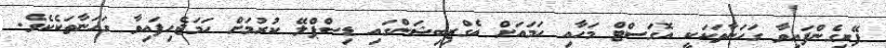
ފޭރިގެންފައިވާ ގަހަނާތަކަކީ އޮގަސްޓް މަހާއި ހަމައަށް އެގްޒިބިޝަންގައި ޑިސްޕްލޭ ކުރުމަށް ހަމަޖެހިފައިވާ ގަހަނާތަކެކެވެ.